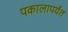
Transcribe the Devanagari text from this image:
पकालापर्यंत